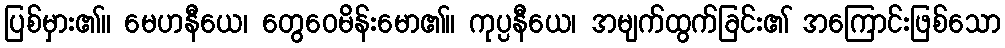
ပြစ်မှား၏။ မေဟနီယေ၊ တွေဝေမိန်းမော၏။ ကုပ္ပနီယေ၊ အမျက်ထွက်ခြင်း၏ အကြောင်းဖြစ်သော